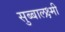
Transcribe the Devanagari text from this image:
सुब्बालक्ष्मी